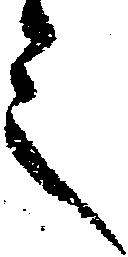
之